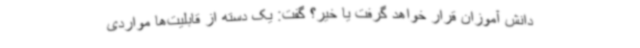
دانش آموزان قرار خواهد گرفت یا خیر؟ گفت: یک دسته از قابلیت‌ها مواردی